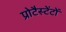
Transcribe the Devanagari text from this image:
प्रोटैस्टेंटों